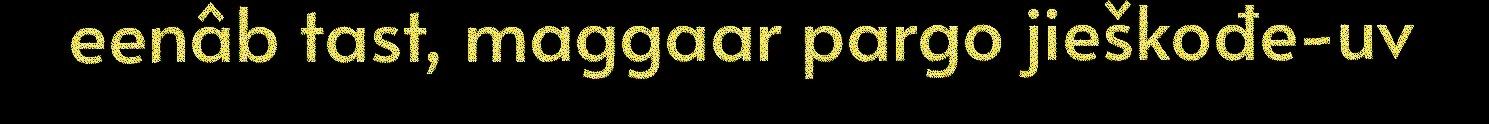
eenâb tast, maggaar pargo jieškođe-uv